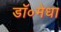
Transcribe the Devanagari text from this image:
डॉ०मेधा